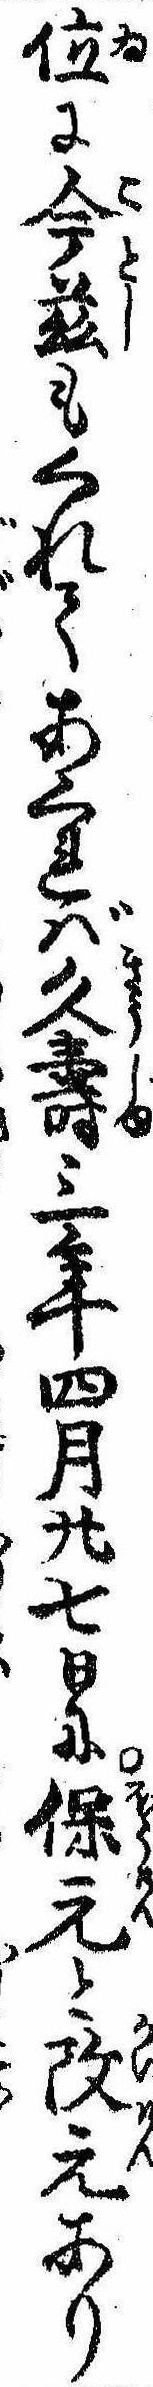
位に今茲もくれてあくれば久寿三年四月廿七日に保元と改元あり